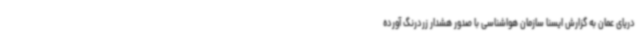
دریای عمان به گزارش ایسنا سازمان هواشناسی با صدور هشدار زردرنگ آورده